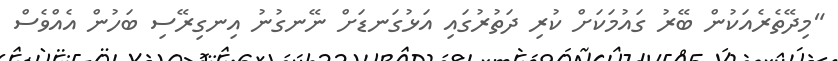
"މިދޭތެރެއަކުން ބޭރު ގައުމަކަށް ކުރި ދަތުރުގައި އަޅުގަނޑަށް ނޭނގުނު އިނގިރޭސި ބަހުން އެއްވެސް